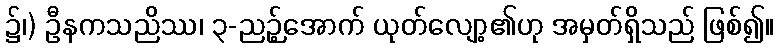
၌၊) ဦနကသညိဿ၊ ၃-ညဉ့်အောက် ယုတ်လျော့၏ဟု အမှတ်ရှိသည် ဖြစ်၍။